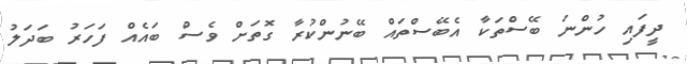
ދީފައި ހުންނަ ބޭސްތަކާ އެބޭސްތައް ބޭނުންކުރާ ގޮތަށް ވެސް ބައެއް ފަހަރު ބަދަލު